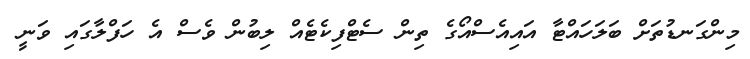
މިންގަނޑުތަށް ބަލަހައްޓާ އައިއެސްއޯގެ ތިން ސެޓްފިކެޓެއް ލިބުން ވެސް އެ ހަފްލާގައި ވަނީ